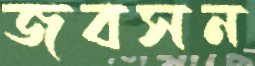
জবসন